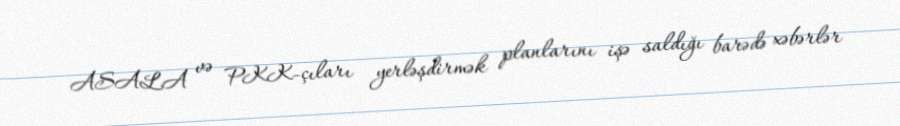
ASALA və PKK-çıları yerləşdirmək planlarını işə saldığı barədə xəbərlər